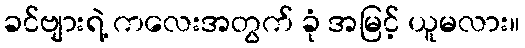
ခင်ဗျားရဲ့ ကလေးအတွက် ခုံ အမြင့် ယူမလား။